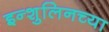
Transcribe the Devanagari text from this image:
इन्शुलिनच्या